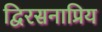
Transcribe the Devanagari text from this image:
द्विरसनाप्रिय